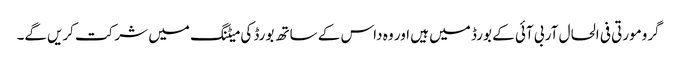
گرومورتی فی الحال آر بی آئی کے بورڈ میں ہیں اور وہ داس کے ساتھ بورڈ کی میٹنگ میں شرکت کریں‌گے۔